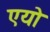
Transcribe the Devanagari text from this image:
एयो